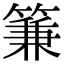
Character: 䈴